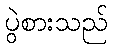
ပွဲစားသည်